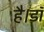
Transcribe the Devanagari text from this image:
है।डॉ